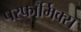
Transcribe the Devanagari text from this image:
परफॉर्मिक्स